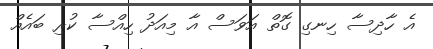
އެ ހާދިސާ ހިނގި ގޮތް އަވަސް އާ މިއަދު ހިއްސާ ކުރި ބައެއް